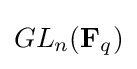
GL_{n}(\mathbf {F} _{q})